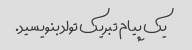
یک پیام تبریک تولد بنویسید.